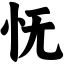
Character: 怃